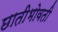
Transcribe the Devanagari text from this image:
छातीभोवती